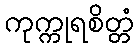
ကုက္ကုရစိတ္တံ